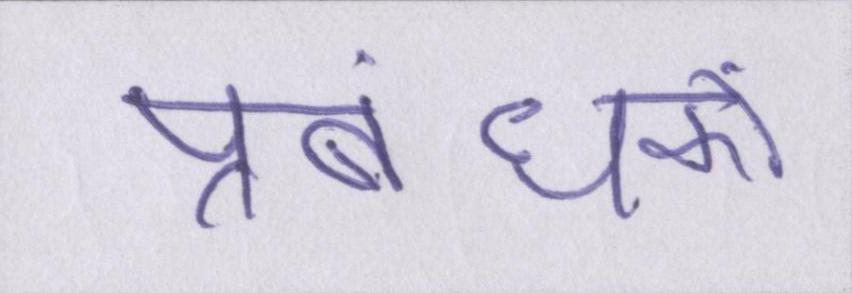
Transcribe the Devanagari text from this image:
प्रबंधकों